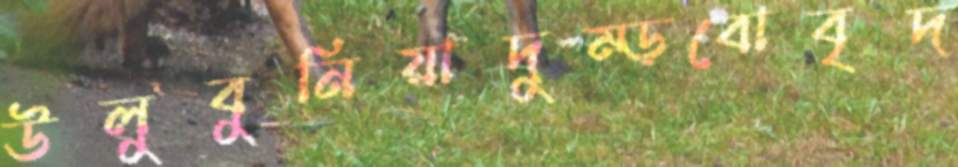
উলুবুনিয়াদুম্‌ড়বোবৃদ